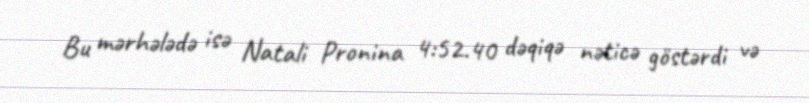
Bu mərhələdə isə Natali Pronina 4:52.40 dəqiqə nəticə göstərdi və